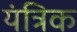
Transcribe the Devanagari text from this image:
यंत्रिक